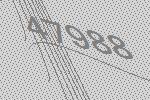
47988